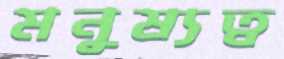
মনুষ্যত্ব